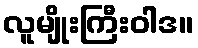
လူမျိုးကြီးဝါဒ။